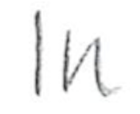
Text: In
Cross-out: clean
Writing tool: pencil